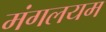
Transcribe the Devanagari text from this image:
मंगलयम